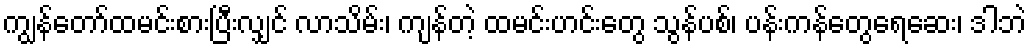
ကျွန်တော်ထမင်းစားပြီးလျှင် လာသိမ်း၊ ကျန်တဲ့ ထမင်းဟင်းတွေ သွန်ပစ်၊ ပန်းကန်တွေရေဆေး၊ ဒါဘဲ